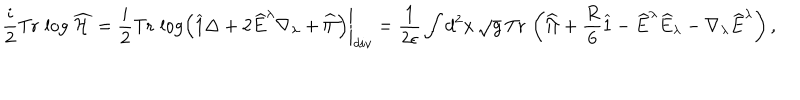
\frac { i } { 2 } \mathrm { T r } \, \log \widehat { \cal H } = \left. \frac { i } { 2 } \mathrm { T r } \, \log \left( \widehat { 1 } \Delta + 2 \widehat { E } ^ { \lambda } \nabla _ { \lambda } + \widehat { \Pi } \right) \right| _ { d i v } = \frac { 1 } { 2 \epsilon } \int d ^ { 2 } x \, \sqrt { g } \, \mathrm { T r } \, \left( \widehat { \Pi } + \frac { R } { 6 } \widehat { 1 } - \widehat { E } ^ { \lambda } \widehat { E } _ { \lambda } - \nabla _ { \lambda } \widehat { E } ^ { \lambda } \right) ,